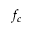
f _ { c }